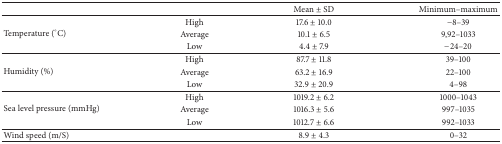
|  |  | Mean ± SD | Minimum–maximum |
 | --- | --- | --- | --- |
 | <ROWSPAN=3> Temperature (°C) | High | 17.6 ± 10.0 | −8–39 |
 | Average | 10.1 ± 6.5 | 9,92–1033 |
 | Low | 4.4 ± 7.9 | −24–20 |
 | <ROWSPAN=3> Humidity (%) | High | 87.7 ± 11.8 | 39–100 |
 | Average | 63.2 ± 16.9 | 22–100 |
 | Low | 32.9 ± 20.9 | 4–98 |
 | <ROWSPAN=3> Sea level pressure (mmHg) | High | 1019.2 ± 6.2 | 1000–1043 |
 | Average | 1016.3 ± 5.6 | 997–1035 |
 | Low | 1012.7 ± 6.6 | 992–1033 |
 | Wind speed (m/S) |  | 8.9 ± 4.3 | 0–32 |